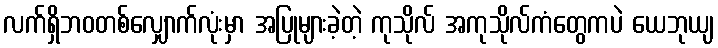
လက်ရှိဘဝတစ်လျှောက်လုံးမှာ အပြုများခဲ့တဲ့ ကုသိုလ် အကုသိုလ်ကံတွေကပဲ ယေဘုယျ